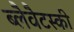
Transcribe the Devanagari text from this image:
ब्लैवैटस्की